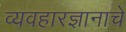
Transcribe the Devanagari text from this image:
व्यवहारज्ञानाचे